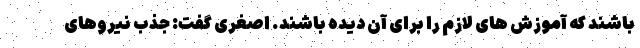
باشند که آموزش های لازم را برای آن دیده باشند. اصغری گفت: جذب نیروهای